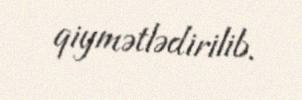
qiymətlədirilib.